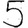
Digit: 5